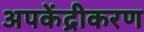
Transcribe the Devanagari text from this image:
अपकेंद्रीकरण